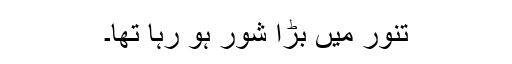
تنور میں بڑا شور ہو رہا تھا۔